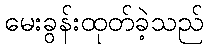
မေးခွန်းထုတ်ခဲ့သည်